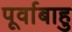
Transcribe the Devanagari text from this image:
पूर्वाबाहु